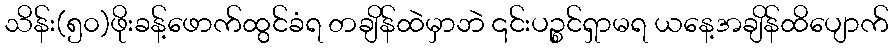
သိန်း(၅၀)ဖိုးခန့်ဖောက်ထွင်ခံရ တချိန်ထဲမှာဘဲ ၎င်းပဉ္စင်ရှာမရ ယနေ့အချိန်ထိပျောက်